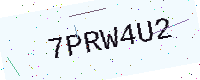
Text: 7PRW4U2